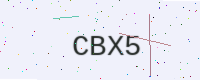
Text: CBX5